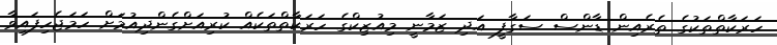
ހަރަކާތްތަކުގެ ތެރެއިން ޑާންސް ސަގާފީ އަދި ޒަމާނީ މިއުޒިކްގެ ހަރަކާތްތަކެއް ކުރިއަށްގެންދިއުމަށް ހަމަޖެހިފައިވާ